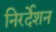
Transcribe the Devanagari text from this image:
निरर्देशन